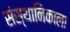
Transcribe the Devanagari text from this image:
संस्थानिकाला